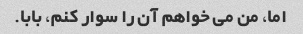
اما، من می خواهم آن را سوار کنم، بابا.